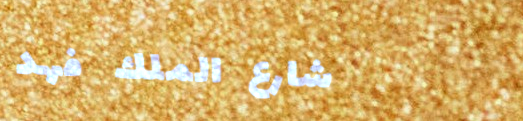
شارع الملك فهد